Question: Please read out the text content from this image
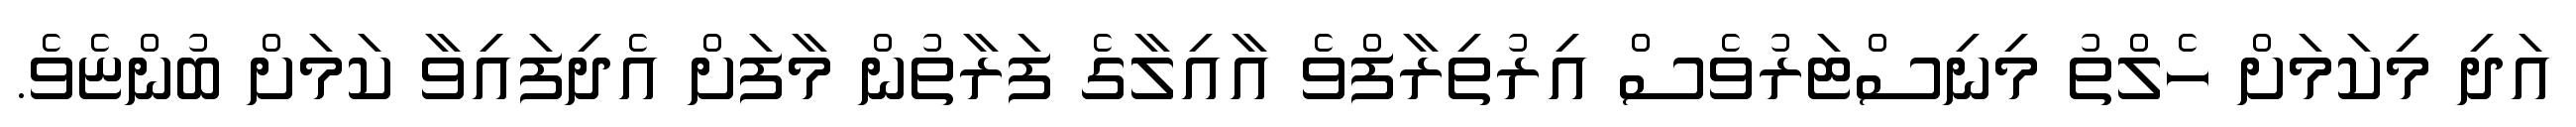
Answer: އަދި މިކަމަށް ހެލްތު މިނިސްޓަރުވެސް އިރުތިރާފްވެ އާއިލާގެ ފަރާތުން މާފަށް އެދިފައިވާ ކަމަށް ބުންޏެވެ.